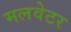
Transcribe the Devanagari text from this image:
मलवेटर